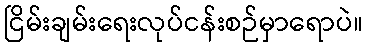
ငြိမ်းချမ်းရေးလုပ်ငန်းစဉ်မှာရောပဲ။